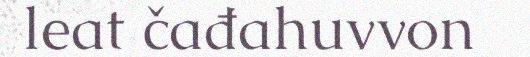
leat čađahuvvon